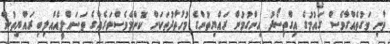
ތާށި ވަގުތެއްގާވެސް ގައުމުގެ އިގްތިސޯދު ހިންގުމުން ރައްޔިތުންގެ މުހުތާދުތަކަށް ކޮންމެވެސްވަރެއްގެ ތަސައްލީއެއްލިބި ރައްޔިތުން